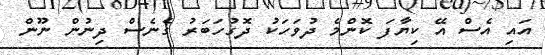
އައި އެސް އޭ ކިޔާފަ ކޮންމެ ދުވަހަކު ދޮގުހަބަރު ގެނެސް ދިނުން ނޫން